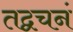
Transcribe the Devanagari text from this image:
तद्वचनं